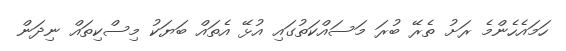
ހަމައެހެންމެ ރަށު ތެރޭ ބުރަ މަސައްކަތުގައި އުޅޭ އެތައް ބަޔަކު މިސްކިތައް ނިދަން